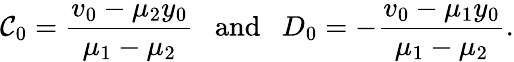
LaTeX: \mathcal{C}_{0}=\frac{{v_{0}-\mu_{2}y_{0}}}{{\mu_{1}-\mu_{2}}}~~~\mathrm{{and}}~~~D_{0}=-\frac{{v_{0}-\mu_{1}y_{0}}}{{\mu_{1}-\mu_{2}}}.